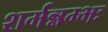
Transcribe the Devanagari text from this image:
शर्मन्नम्भः